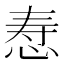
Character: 𪫷